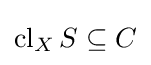
\operatorname {cl} _{X}S\subseteq C